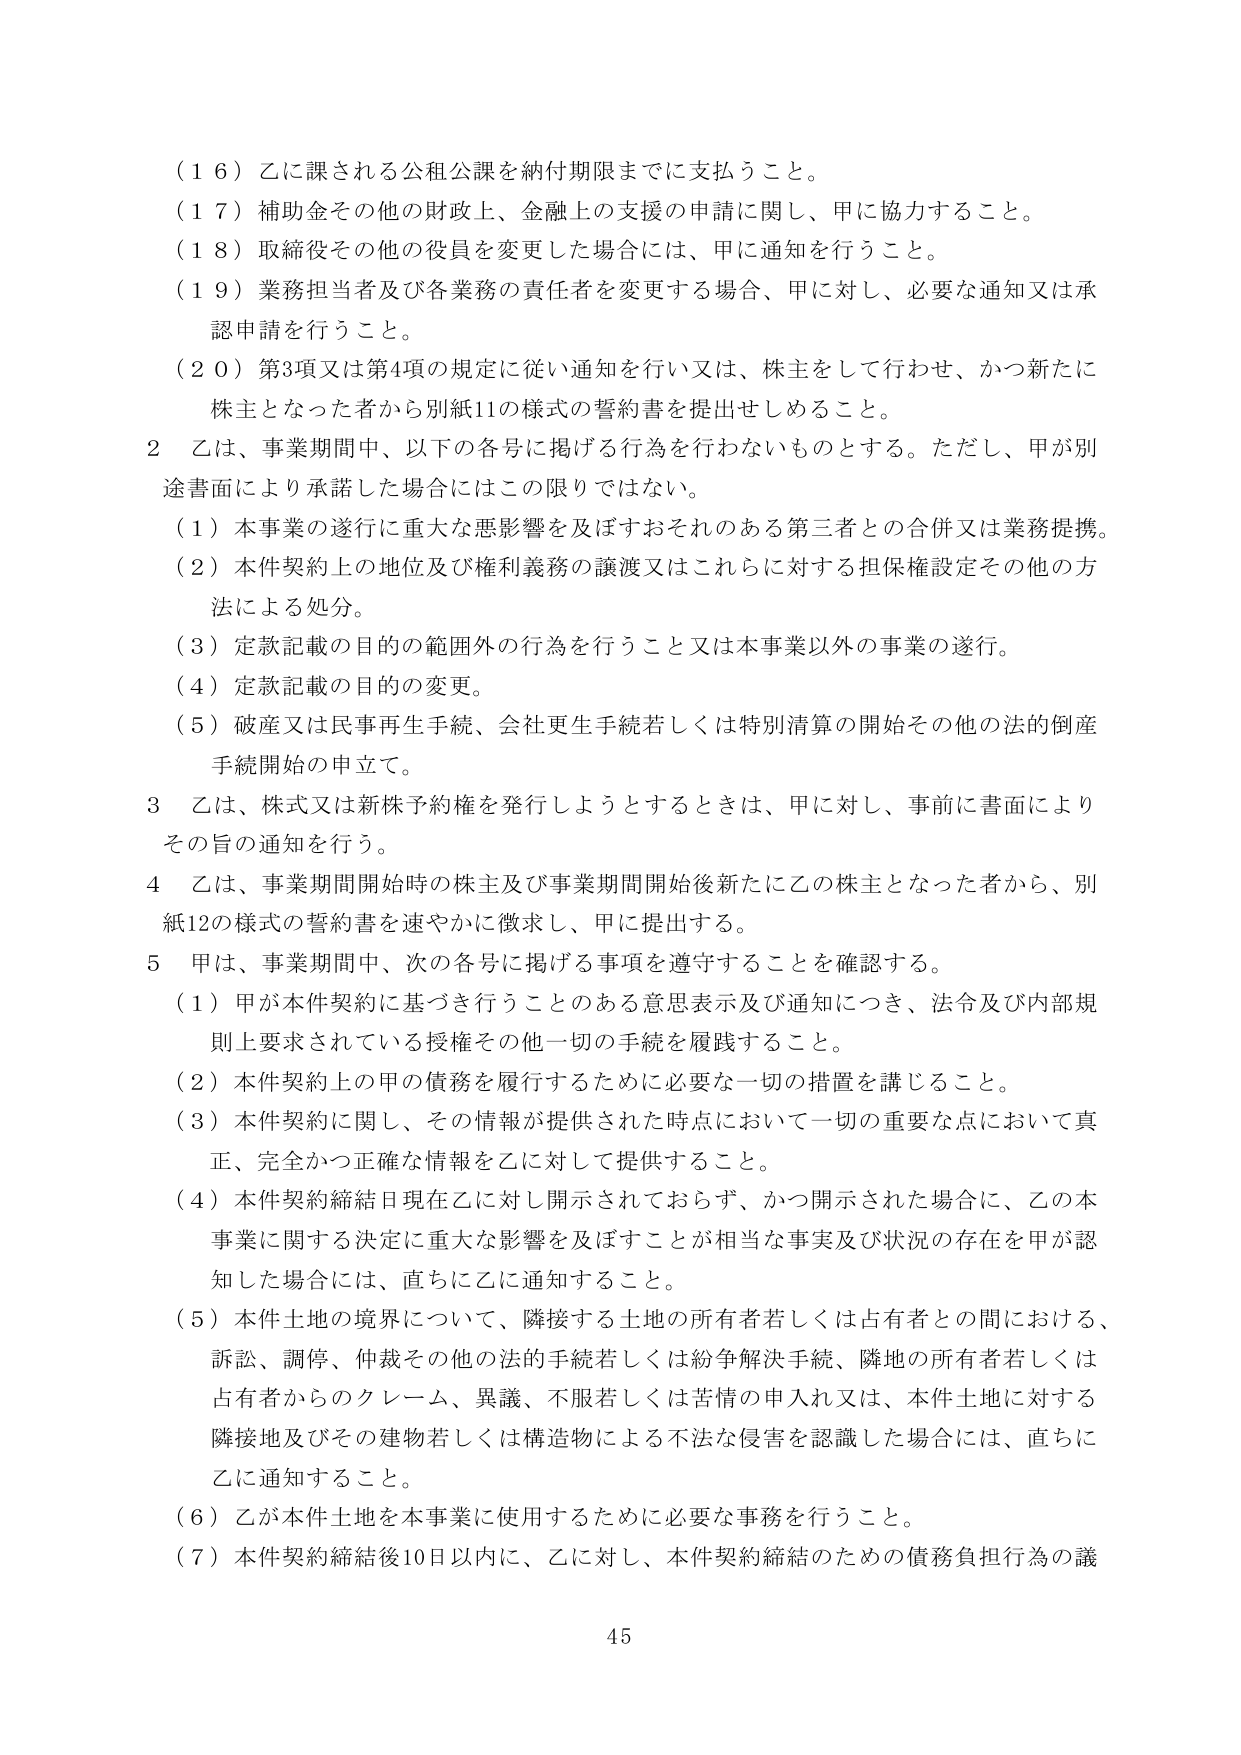
（１６）乙に課される公租公課を納付期限までに支払うこと。

（１７）補助金その他の財政上、金融上の支援の申請に関し、甲に協力すること。

（１８）取締役その他の役員を変更した場合には、甲に通知を行うこと。

（１９）業務担当者及び各業務の責任者を変更する場合、甲に対し、必要な通知又は承認申請を行うこと。

（２０）第3項又は第4項の規定に従い通知を行い又は、株主をして行わせ、かつ新たに株主となった者から別紙11の様式の誓約書を提出せしめること。

２ 乙は、事業期間中、以下の各号に掲げる行為を行わないものとする。ただし、甲が別途書面により承諾した場合にはこの限りではない。

（１）本事業の遂行に重大な悪影響を及ぼすおそれのある第三者との合併又は業務提携。

（２）本件契約上の地位及び権利義務の譲渡又はこれらに対する担保権設定その他の方法による処分。

（３）定款記載の目的の範囲外の行為を行うこと又は本事業以外の事業の遂行。

（４）定款記載の目的の変更。

（５）破産又は民事再生手続、会社更生手続若しくは特別清算の開始その他の法的倒産手続開始の申立て。

３ 乙は、株式又は新株予約権を発行しようとするときは、甲に対し、事前に書面によりその旨の通知を行う。

４ 乙は、事業期間開始時の株主及び事業期間開始後新たに乙の株主となった者から、別紙12の様式の誓約書を速やかに徴求し、甲に提出する。

５ 甲は、事業期間中、次の各号に掲げる事項を遵守することを確認する。

（１）甲が本件契約に基づき行うことのある意思表示及び通知につき、法令及び内部規則上要求されている授権その他一切の手続を履践すること。

（２）本件契約上の甲の債務を履行するために必要な一切の措置を講じること。

（３）本件契約に関し、その情報が提供された時点において一切の重要な点において真正、完全かつ正確な情報を乙に対して提供すること。

（４）本件契約締結日現在乙に対し開示されておらず、かつ開示された場合に、乙の本事業に関する決定に重大な影響を及ぼすことが相当な事実及び状況の存在を甲が認知した場合には、直ちに乙に通知すること。

（５）本件土地の境界について、隣接する土地の所有者若しくは占有者との間における、訴訟、調停、仲裁その他の法的手続若しくは紛争解決手続、隣地の所有者若しくは占有者からのクレーム、異議、不服若しくは苦情の申入れ又は、本件土地に対する隣接地及びその建物若しくは構造物による不法な侵害を認識した場合には、直ちに乙に通知すること。

（６）乙が本件土地を本事業に使用するために必要な事務を行うこと。

（７）本件契約締結後10日以内に、乙に対し、本件契約締結のための債務負担行為の議

45